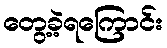
တွေ့ခဲ့ရကြောင်း